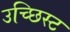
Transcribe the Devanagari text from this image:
उच्छिस्ट